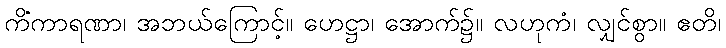
ကိံကာရဏာ၊ အဘယ်ကြောင့်။ ဟေဋ္ဌာ၊ အောက်၌။ လဟုကံ၊ လျှင်စွာ။ ဧတိ၊